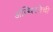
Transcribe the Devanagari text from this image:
अस्थिरतेची